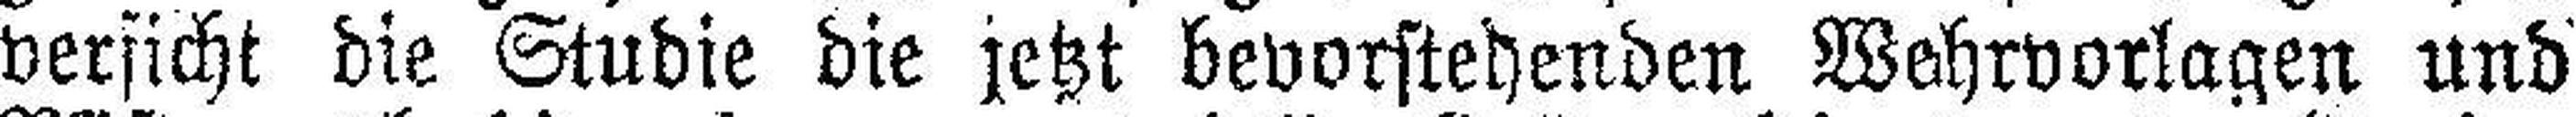
versicht die Studie die jetzt bevorstehenden Wehrvorlagen und